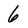
Character: 6